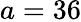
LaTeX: a=36